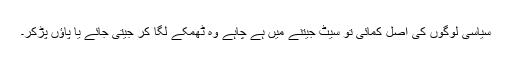
سیاسی لوگوں کی اصل کمائی تو سیٹ جیتنے میں ہے چاہے وہ ٹھمکے لگا کر جیتی جائے یا پاﺅں پڑکر۔